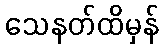
သေနတ်ထိမှန်